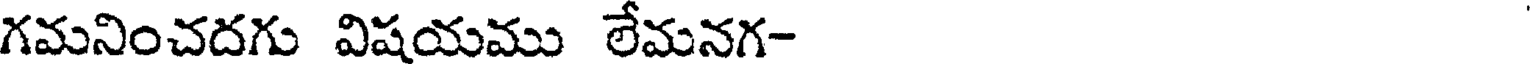
గమనించదగు విషయము లేమనగ-